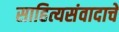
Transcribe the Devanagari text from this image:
साहित्यसंवादाचे